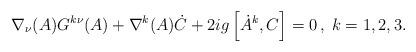
LaTeX: \begin{align*}\nabla_{\nu}(A)G^{k\nu}(A) + \nabla^{k}(A)\dot{C} + 2ig \left [ \dot{A}^{k}, C \right ] = 0\,,\; k =1,2,3.\end{align*}